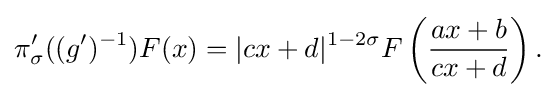
\displaystyle {\pi _{\sigma }^{\prime }((g^{\prime })^{-1})F(x)=|cx+d|^{1-2\sigma }F\left({ax+b \over cx+d}\right).}